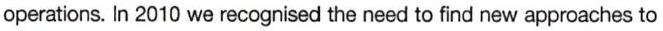
operations. In 2010 we recognised the need to find new approaches to